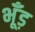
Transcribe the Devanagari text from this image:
भूँड़